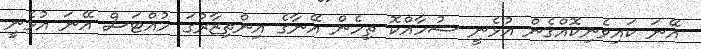
އޭނަ ކައިވެނިކޮއްގެން އުޅެނީ ޝުހާއްކޮ ތިހެން އޭނާގެ އިންތިޒާރުގަ ހުއްޓަސް އޭނަ އުޅެނީ